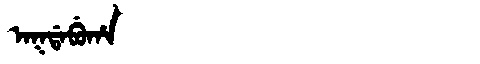
Manchu: ᠠᡴᡩᠠᠪᡠᡥᠠ
Romanization: AKDABUHA